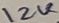
Text: 12V